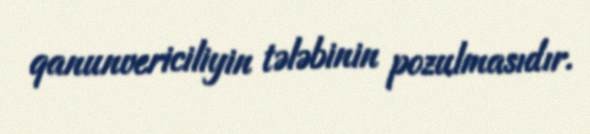
qanunvericiliyin tələbinin pozulmasıdır.